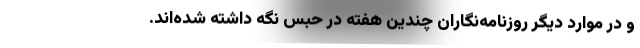
و در موارد دیگر روزنامه‌نگاران چندین هفته در حبس نگه داشته شده‌اند.